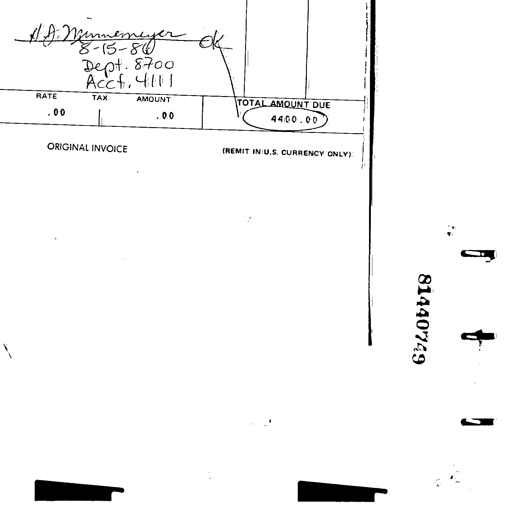
H.G. Mennemeyer ok
8-15-86
Dept. 8700
Acct. 4111
RATE TAX AMOUNT TOTAL AMOUNT DUE
.00 .00 4400.00
ORIGINAL INVOICE (REMIT IN U.S. CURRENCY ONLY)
81440749